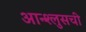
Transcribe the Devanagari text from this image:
आन्श्लुसची